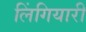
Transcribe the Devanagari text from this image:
लिंगियारी